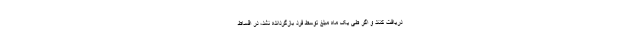
دریافت کنند و اگر طی یک ماه مبلغ توسط فرد بازگردانده نشد، در اقساط